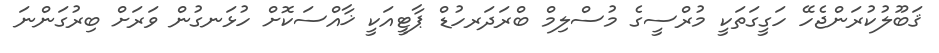
ޤަބޫލުކުރަންޖެހޭ ހަގީގަތަކީ މުރްސީގެ މުސްލިމް ބްރަދަރހުޑް ޕާޓީއަކީ ޚާއްސަކޮށް ހުޅަނގުން ވަރަށް ބިރުގަންނަ